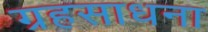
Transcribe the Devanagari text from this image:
ग्रहसाधना